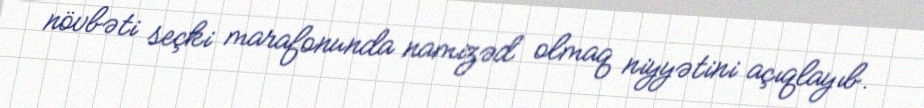
növbəti seçki marafonunda namizəd olmaq niyyətini açıqlayıb.